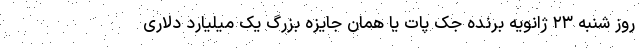
روز شنبه ۲۳ ژانویه برنده جک پات یا همان جایزه بزرگ یک میلیارد دلاریِ